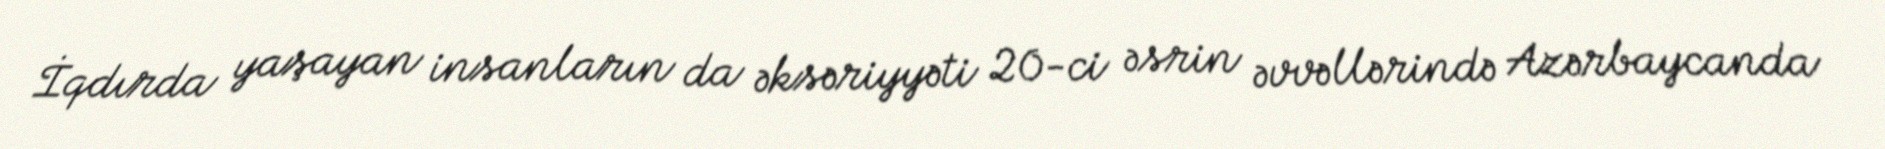
İqdırda yaşayan insanların da əksəriyyəti 20-ci əsrin əvvəllərində Azərbaycanda